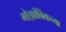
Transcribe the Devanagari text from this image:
मोझांबिकच्या